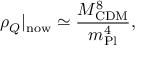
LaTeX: \rho _ { Q } \vert _ { \mathrm { n o w } } \simeq \frac { M _ { \mathrm { C D M } } ^ { 8 } } { m _ { \mathrm { P l } } ^ { 4 } } ,